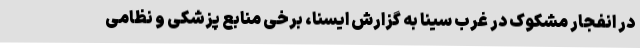
در انفجار مشکوک در غرب سینا به گزارش ایسنا، برخی منابع پزشکی و نظامی